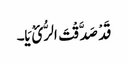
قَدْ صَدَّقْتَ الرُّ ئْ یَا۔